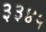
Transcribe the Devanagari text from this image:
३३४५